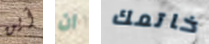
أين ان خاتمك